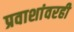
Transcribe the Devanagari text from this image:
प्रवाशांवरही